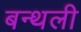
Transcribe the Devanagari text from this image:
बन्थली